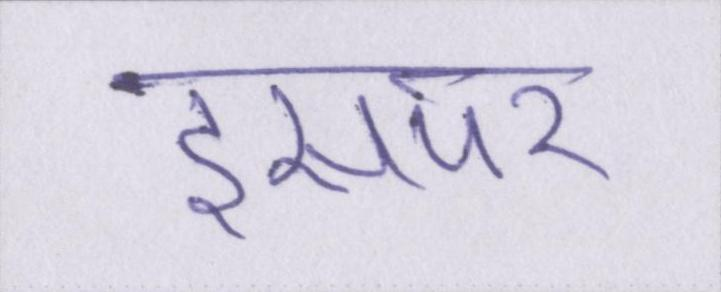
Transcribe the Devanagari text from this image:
इसपर